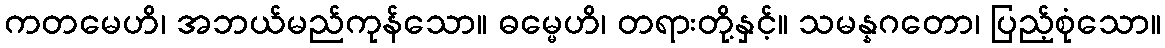
ကတမေဟိ၊ အဘယ်မည်ကုန်သော။ ဓမ္မေဟိ၊ တရားတို့နှင့်။ သမန္နဂတော၊ ပြည့်စုံသော။